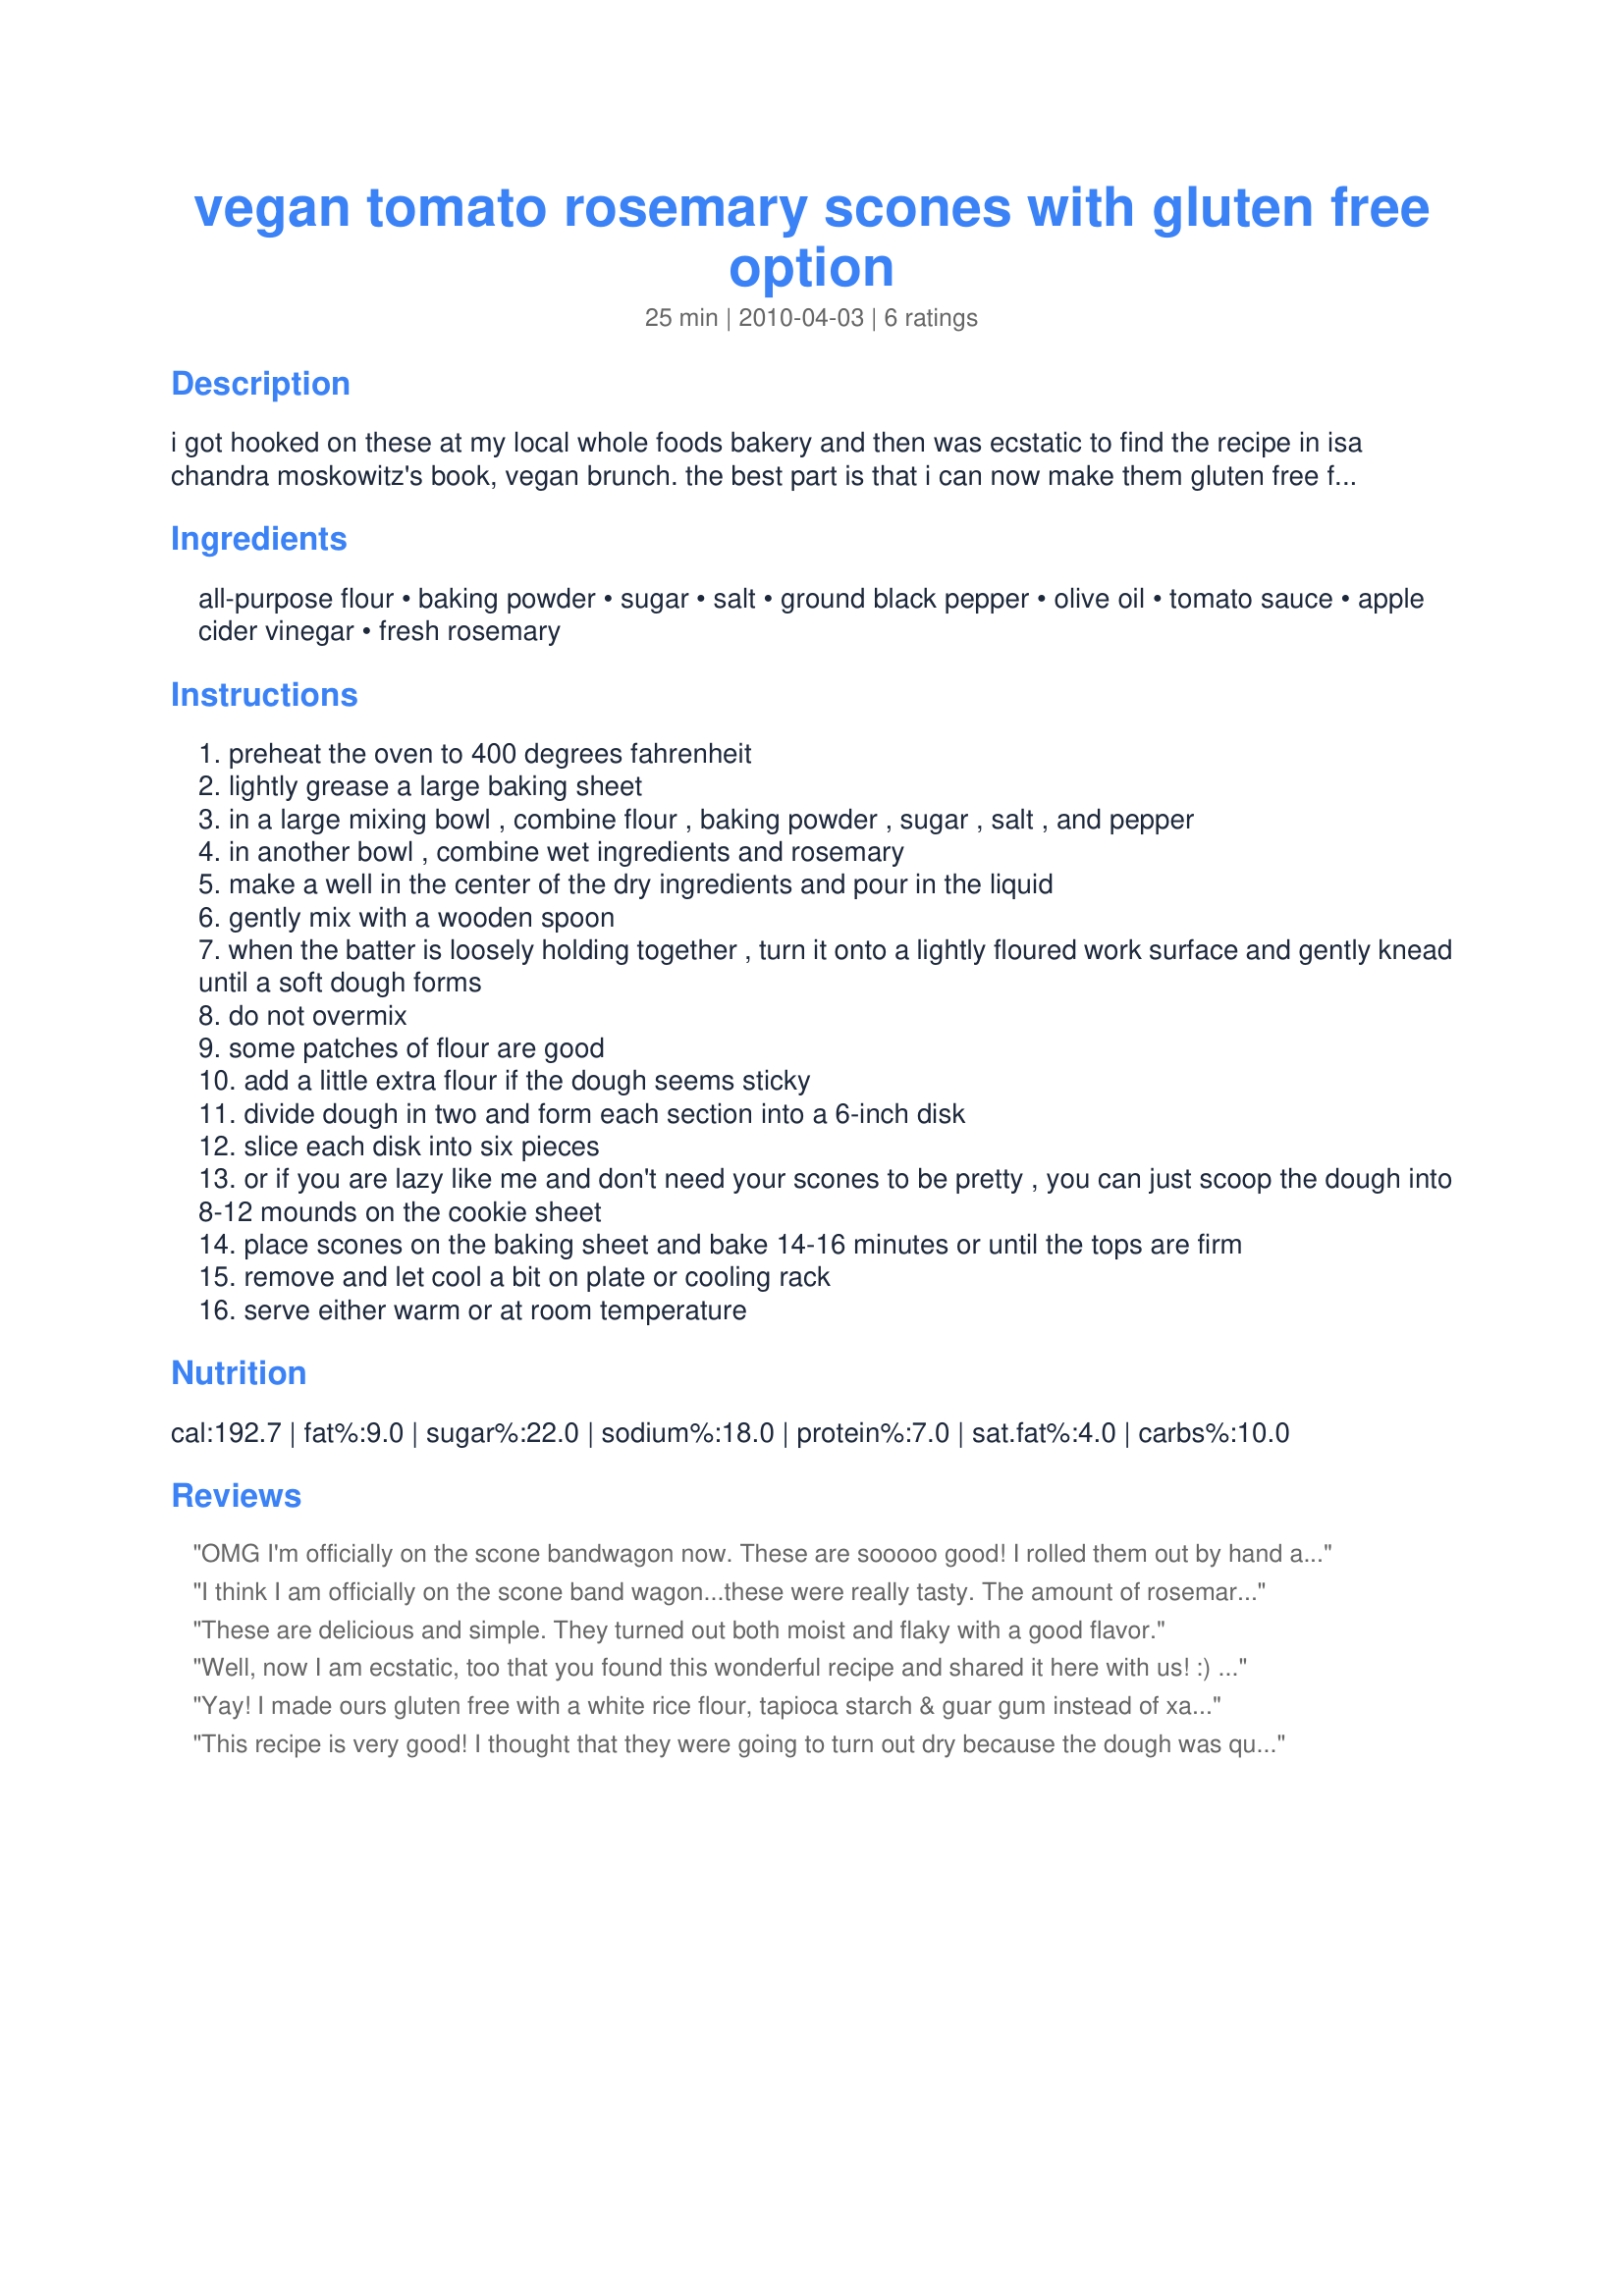
vegan tomato rosemary scones with gluten free option
Preparation time: 25 minutes

i got hooked on these at my local whole foods bakery and then was ecstatic to find the recipe in isa chandra moskowitz's book, vegan brunch. the best part is that i can now make them gluten free for my husband! i hope you enjoy these savory scones as much as we do. they're divine with some melty earth balance buttery spread or tofutti better than cream cheese.

Ingredients:
all-purpose flour, baking powder, sugar, salt, ground black pepper, olive oil, tomato sauce, apple cider vinegar, fresh rosemary

Steps:
preheat the oven to 400 degrees fahrenheit
lightly grease a large baking sheet
in a large mixing bowl , combine flour , baking powder , sugar , salt , and pepper
in another bowl , combine wet ingredients and rosemary
make a well in the center of the dry ingredients and pour in the liquid
gently mix with a wooden spoon
when the batter is loosely holding together , turn it onto a lightly floured work surface and gently knead until a soft dough forms
do not overmix
some patches of flour are good
add a little extra flour if the dough seems sticky
divide dough in two and form each section into a 6-inch disk
slice each disk into six pieces
or if you are lazy like me and don't need your scones to be pretty , you can just scoop the dough into 8-12 mounds on the cookie sheet
place scones on the baking sheet and bake 14-16 minutes or until the tops are firm
remove and let cool a bit on plate or cooling rack
serve either warm or at room temperature

Reviews:
OMG I'm officially on the scone bandwagon now. These are sooooo good! I rolled them out by hand and used some nice fresh rosemary though I'm sure dried rosemary needles will also work just as great. I used a can of Hunt's plain unflavored tomato sauce and all the other ingredients just as listed, and the flavor and crunch was perfect-- baked at 400 for 12 minutes since my convection oven requires less time. Perfect combination of savory and sweet! I got 9 scones with the dough the way it was, but no wet ingredients were left at the end so I had to add about 2 tablespoons of pizza sauce to get a 10th scone. I would definitely make these again for a dinner party or brunch, they look so complex and impressive but were really easy and fun to make. Tagged for Veggie Swap 22.
I think I am officially on the scone band wagon...these were really tasty. The amount of rosemary is just right and there is a hint of garlic from the tomato sauce I used. I made these with about 70% whole wheat flour, they turned out great. The dough takes no time to put together and I think they're very pretty. I didn't find any issue with the amount of sugar, I could have maybe used 1/4 tsp more salt though...no doubt that's all down to the tom sauce you end up using. Thanks Prose! Veg*n Swap Apr10.
These are delicious and simple. They turned out both moist and flaky with a good flavor.
Well, now I am ecstatic, too that you found this wonderful recipe and shared it here with us! :)
It is simply amazing, one of the best scones Ive ever eaten (and there were many lol)!
The scones are tender and flakey on the inside with a nice crunchy crust and somehow they just melt in your mouth. The tomato rosemary flavour is perfect! Its not too strong, but still really comes through. Instead of plain tomato sauce I went with ~Rita~'s Recipe #386343, which made my scones a little bit spicy. That paired well with the sugar, but using regular tomato sauce, Id leave out the sugar or reduce it to a tsp, cause they would be too sweet for me otherwise.
I made half the recipe ending up with 4 big scones.
THANK YOU SO MUCH for sharing this yummy recipe with us, Prose! I will make it over and over again!
Made and reviewed for Veggie Swap #21 April 2010 and the Herb of the Month Event in the French Forum.
Yay! I made ours gluten free with a white rice flour, tapioca starch & guar gum instead of xanthan gum to be corn free. I did find I needed to use some extra flour. Instead of baking powder to be corn free I added some baking soda and upped the organic apple cider vinegar to a tbs. I used sea salt and would add a bit more next time but my tomato sauce was just blended canned plum tomatoes without salt. I used unrefined extra virgin olive oil, and dried rosemary per the80srule's review as it is what I had on hand. I served them warm with soft butter and Philadelphia plain cream cheese as a part of breakfast. I would make these again insha Allah (God willing) with fresh rosemary.
This recipe is very good! I thought that they were going to turn out dry because the dough was quite crumbly and hard to shape. I am no baker, so maybe I should have added a bit more liquid? They actually were not dry inside when cooked and were excellent! I used an Italian seasoned tomato sauce and I loved the flavour from that and the fresh tarragon. Made for the Best of 2010 tag game. Thanks Prose! :)
